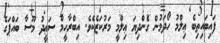
ފައިބައިތިބެ ޢިލްމު ހޯދަމުން ގެންދިޔަ ޢިލްމީ މަރުކަޒެކެވެ. އިބްރާހީމް ސަޢީދު މޫސާ ބައްޕަގެ